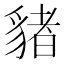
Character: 𧳯